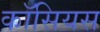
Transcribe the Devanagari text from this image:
कॉसियस